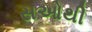
સઓથી